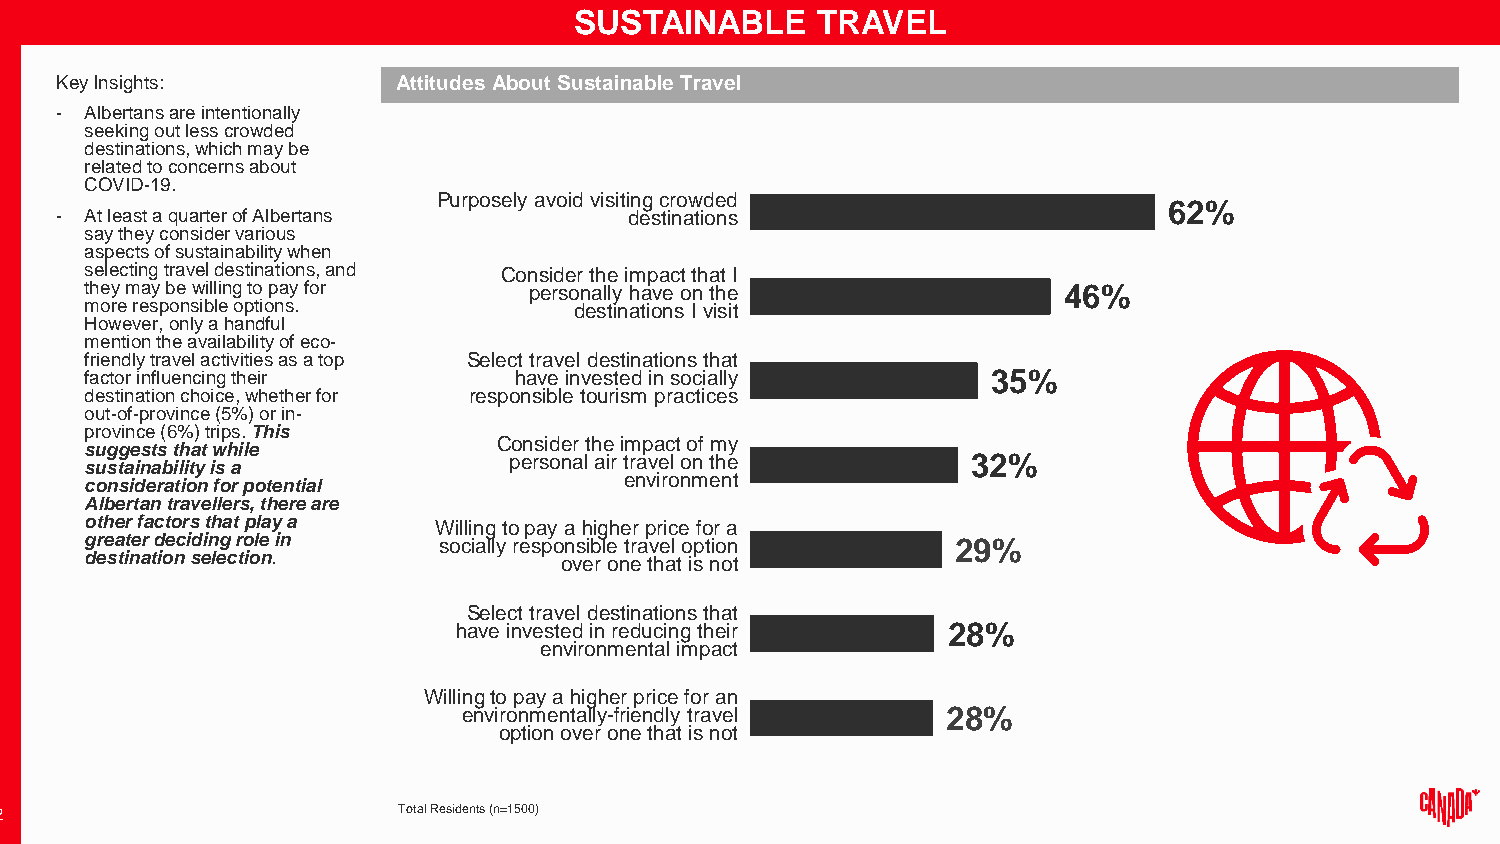
SUSTAINABLE     TRAVEL
 Key Insights:         Attitudes About Sustainable Travel
 - Albertans are intentionally
 seeking out less crowded
 destinations, which may be
 related to concerns about
 COVID-19.
 Purposely avoid visiting crowded
 62%
 - At least a quarter of Albertans     destinations
 say they consider various
 aspects of sustainability when
 selecting travel destinations, and Consider the impact that I
 they may be willing to pay for personally have on the           46%
 more responsible options.       destinations I visit
 However, only a handful
 mention the availability of eco-
 friendly travel activities as a top Select travel destinations that
 factor influencing their    have invested in socially       35%
 destination choice, whether for responsible tourism practices
 out-of-province (5%) or in-
 province (6%) trips. This
 Consider the impact of my
 suggests that while
 personal air travel on the    32%
 sustainability is a
 environment
 consideration for potential
 Albertan travellers, there are
 other factors that play a Willing to pay a higher price for a
 greater deciding role in socially responsible travel option 29%
 destination selection.         over one that is not
 Select travel destinations that
 have invested in reducing their  28%
 environmental impact
 Willing to pay a higher price for an
 environmentally-friendly travel 28%
 option over one that is not
 12                        Total Residents (n=1500)